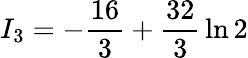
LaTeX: I_{3}=-{\frac{16}{3}}+{\frac{32}{3}}\ln 2